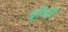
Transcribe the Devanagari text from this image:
चीचा